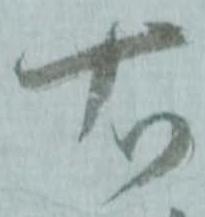
右